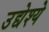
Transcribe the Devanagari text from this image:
उद्येश्ये